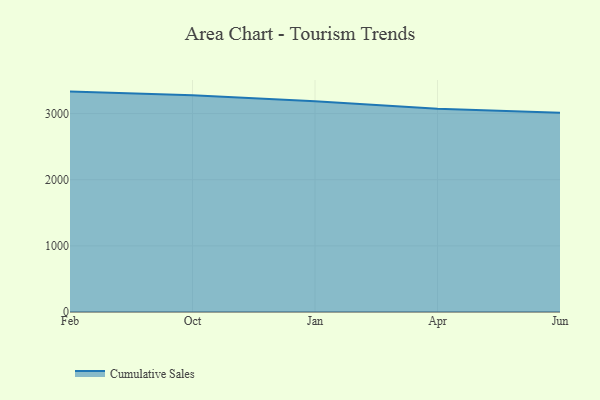
{"axis": {"x": "Month", "y": "Backlog"}, "legend": ["Cumulative Sales"], "data": [{"x": "Feb", "y": 3332.2, "type": "Cumulative Sales"}, {"x": "Oct", "y": 3275.7, "type": "Cumulative Sales"}, {"x": "Jan", "y": 3185.8, "type": "Cumulative Sales"}, {"x": "Apr", "y": 3073.6, "type": "Cumulative Sales"}, {"x": "Jun", "y": 3013.7, "type": "Cumulative Sales"}]}